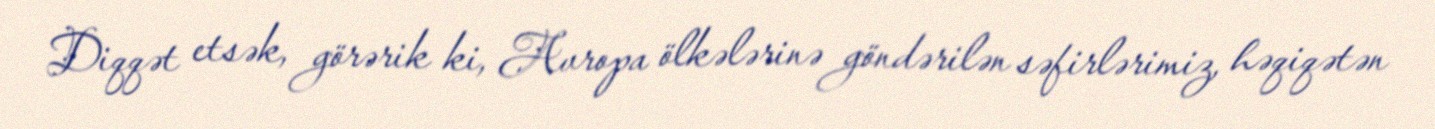
Diqqət etsək, görərik ki, Avropa ölkələrinə göndərilən səfirlərimiz, həqiqətən